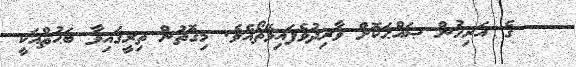
ގެ އަރިހުން ޞައްޙަކޮށް ވާރިދުވެފައިވޭތޯއެވެ. މިގޮތުން ތިރީގައިވާ ބަޙުޘްއަކީ